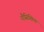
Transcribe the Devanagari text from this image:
नौसिखिया